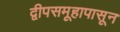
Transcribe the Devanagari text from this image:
द्वीपसमूहापासून